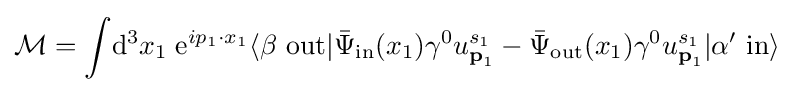
{\mathcal {M}}=\int \!\mathrm {d} ^{3}x_{1}\;\mathrm {e} ^{ip_{1}\cdot x_{1}}\langle \beta \ \mathrm {out} |{\bar {\Psi }}_{\text{in}}(x_{1})\gamma ^{0}u_{{\textbf {p}}_{1}}^{s_{1}}-{\bar {\Psi }}_{\text{out}}(x_{1})\gamma ^{0}u_{{\textbf {p}}_{1}}^{s_{1}}|\alpha '\ \mathrm {in} \rangle